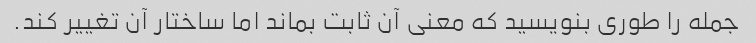
جمله را طوری بنویسید که معنی آن ثابت بماند اما ساختار آن تغییر کند.